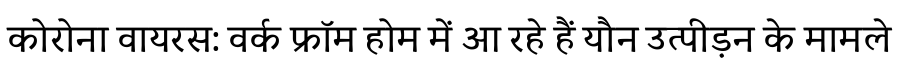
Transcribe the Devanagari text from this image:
कोरोना वायरस: वर्क फ्रॉम होम में आ रहे हैं यौन उत्पीड़न के मामले